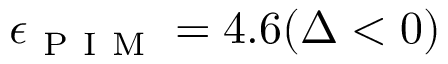
\epsilon _ { \mathrm { ~ P ~ I ~ M ~ } } = 4 . 6 ( \Delta < 0 )